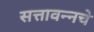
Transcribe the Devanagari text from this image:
सत्तावन्नचे